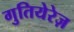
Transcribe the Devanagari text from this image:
गुतियेरेज़